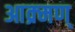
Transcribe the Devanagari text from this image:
आक्र्मण्